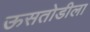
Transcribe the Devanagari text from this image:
ऊसतोडीला